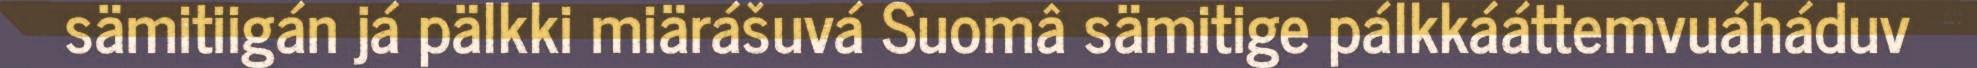
sämitiigán já pälkki miärášuvá Suomâ sämitige pálkkááttemvuáháduv